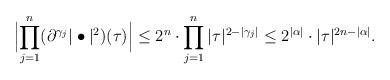
LaTeX: \begin{align*} \left| \smash{\prod_{j=1}^n} \vphantom{\prod} (\partial^{\gamma_j} |\bullet|^2) (\tau) \right| \leq 2^n \cdot \prod_{j=1}^n |\tau|^{2 - |\gamma_j|} \leq 2^{|\alpha|} \cdot |\tau|^{2n - |\alpha|}. \end{align*}